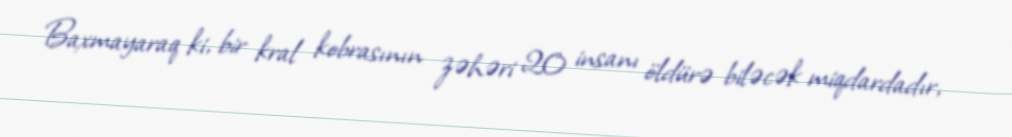
Baxmayaraq ki, bir kral kobrasının zəhəri 20 insanı öldürə biləcək miqdardadır,